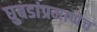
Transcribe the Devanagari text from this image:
घुबडांप्रमाणेच